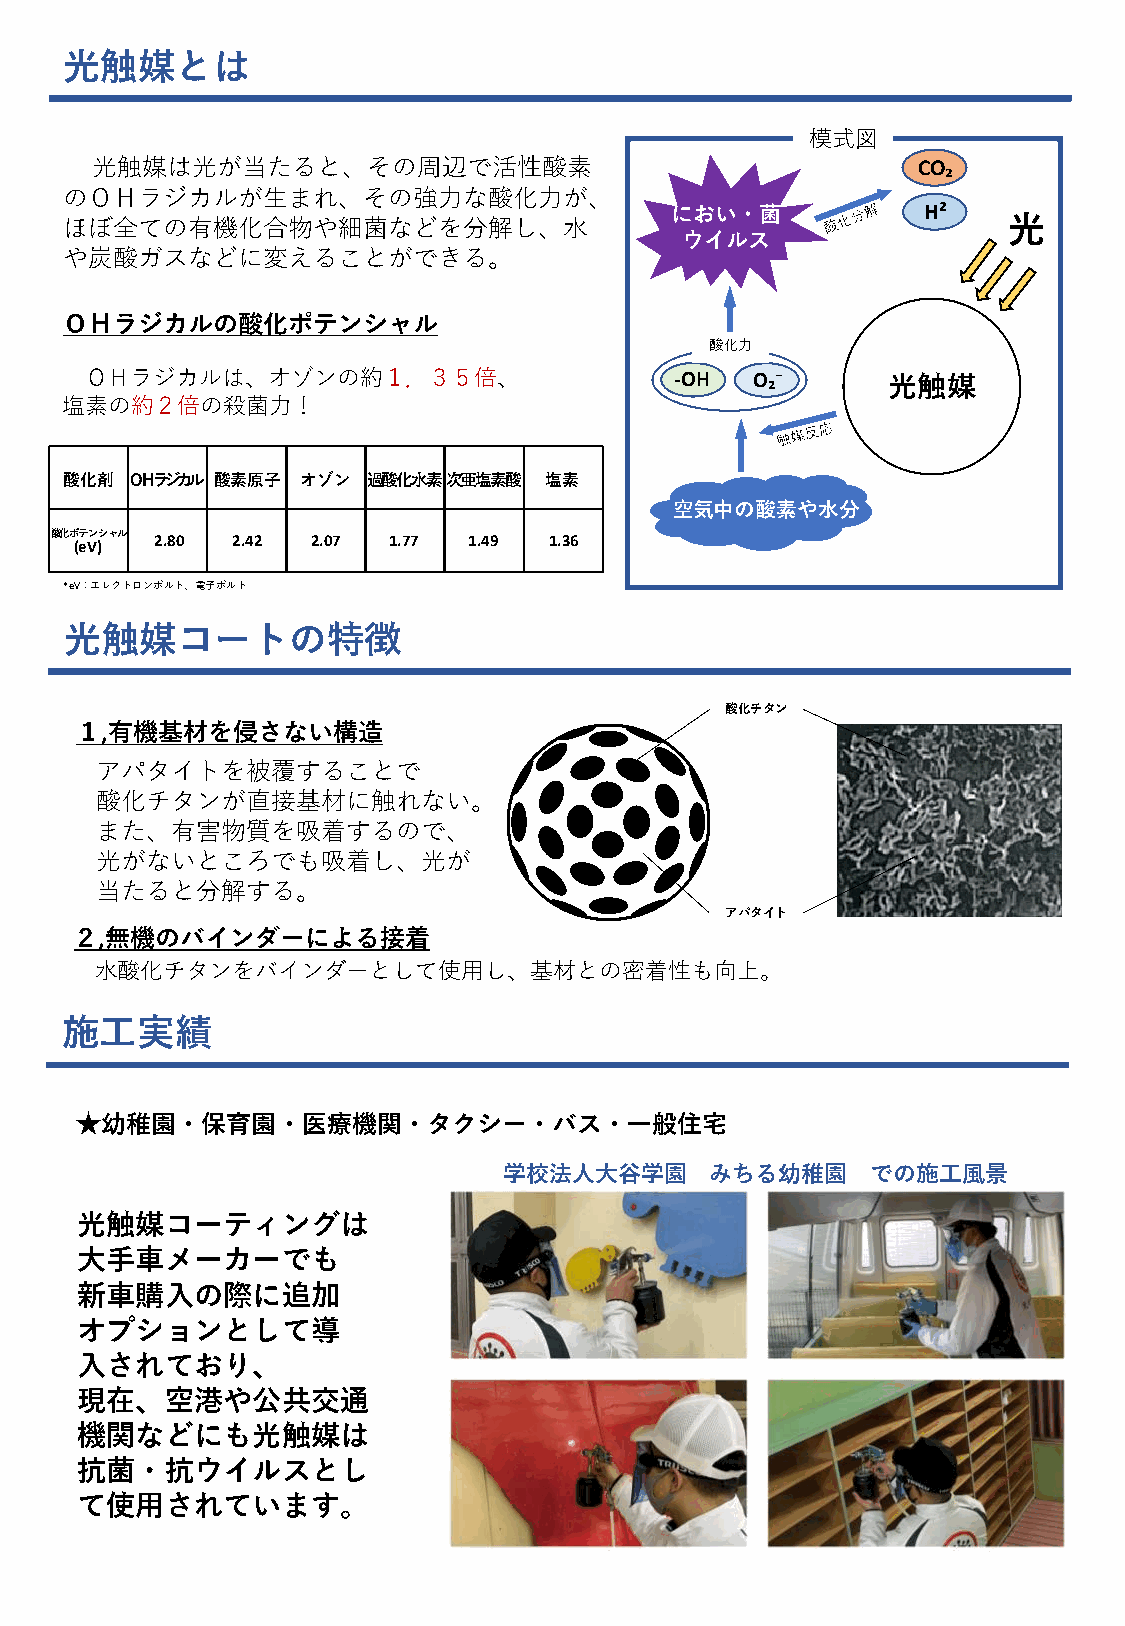
光触媒とは
 模式図
 光触媒は光が当たると、その周辺で活性酸素                                   CO₂
 のＯＨラジカルが生まれ、その強力な酸化力が、
 におい・菌            H²
 ほぼ全ての有機化合物や細菌などを分解し、水                                          光
 ウイルス
 や炭酸ガスなどに変えることができる。
 ＯＨラジカルの酸化ポテンシャル
 酸化力
 ＯＨラジカルは、オゾンの約１．３５倍、                    ‐OH  O₂⁻      光触媒
 塩素の約２倍の殺菌力！
 酸化剤  ＯＨラジカル 酸素原子 オゾン 過酸化水素次亜塩素酸 塩素
 空気中の酸素や水分
 酸化ポ (eテ Vン )シャル 2.80 2.42 2.07 1.77 1.49 1.36
 *eV：エレクトロンボルト、電子ボルト
 光触媒コートの特徴
 酸化チタン
 １,有機基材を侵さない構造
 アパタイトを被覆することで
 酸化チタンが直接基材に触れない。
 また、有害物質を吸着するので、
 光がないところでも吸着し、光が
 当たると分解する。
 アパタイト
 ２,無機のバインダーによる接着
 水酸化チタンをバインダーとして使用し、基材との密着性も向上。
 施工実績
 ★幼稚園・保育園・医療機関・タクシー・バス・一般住宅
 学校法人大谷学園      みちる幼稚園     での施工風景
 光触媒コーティングは
 大手車メーカーでも
 新車購入の際に追加
 オプションとして導
 入されており、
 現在、空港や公共交通
 機関などにも光触媒は
 抗菌・抗ウイルスとし
 て使用されています。